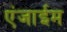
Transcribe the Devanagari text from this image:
एंजाईम